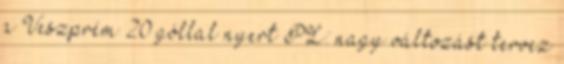
a Veszprém 20 góllal nyert PL: nagy változást tervez